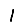
Digit: 1